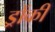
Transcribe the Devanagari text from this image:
ड्रोंकी